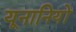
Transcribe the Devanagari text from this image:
यूनानियों